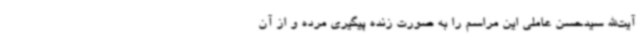
آیت‌الله سیدحسن عاملی این مراسم را به صورت زنده پیگیری مرده و از آن